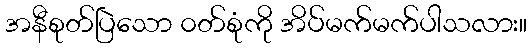
အနီစုတ်ပြဲသော ၀တ်စုံကို အိပ်မက်မက်ပါသလား။